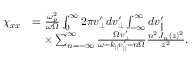
\begin{array} { r l } { \chi _ { x x } } & { = \frac { \omega _ { p } ^ { 2 } } { \omega \Omega } \int _ { 0 } ^ { \infty } 2 \pi v _ { \perp } ^ { \prime } d v _ { \perp } ^ { \prime } \int _ { - \infty } ^ { \infty } d v _ { \parallel } ^ { \prime } } \\ & { \quad \times \sum _ { n = - \infty } ^ { \infty } \frac { \Omega v _ { \perp } ^ { \prime } } { \omega - k _ { \parallel } v _ { \parallel } ^ { \prime } - n \Omega } \frac { n ^ { 2 } J _ { n } ( z ) ^ { 2 } } { z ^ { 2 } } . } \end{array}